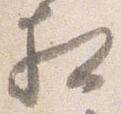
相